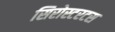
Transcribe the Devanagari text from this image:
सिरोस्टरटस